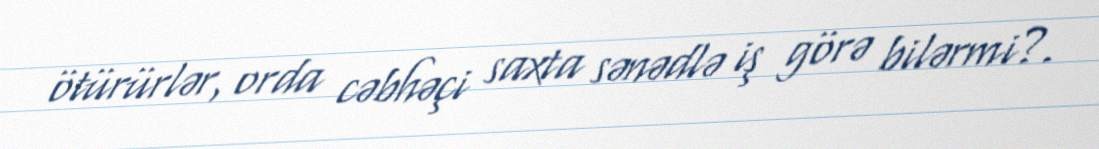
ötürürlər, orda cəbhəçi saxta sənədlə iş görə bilərmi?.